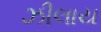
ઝીલાય